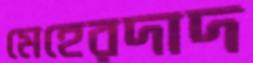
মেহেরদাদ